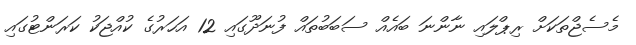
މެސެޖްތަކަށް ރިޕްލައި ނާންނަ ބައެއް ސަބަބުތައް ފުނަދޫގައި 12 އަހަރުގެ ކުއްޖަކު ކަރަންޓުގައި